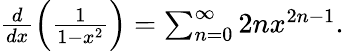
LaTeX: \begin{array}{r}{\frac{d}{dx}\left(\frac{1}{1-x^{2}}\right)=\sum_{n=0}^{\infty}2nx^{2n-1}.}\end{array}